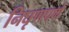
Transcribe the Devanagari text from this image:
निघृणपणे